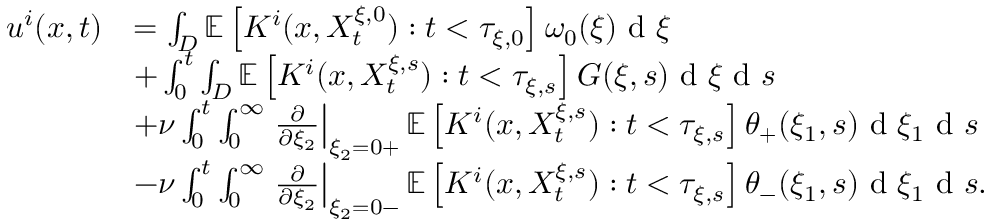
\begin{array} { r l } { u ^ { i } ( x , t ) } & { = \int _ { D } \mathbb { E } \left[ K ^ { i } ( x , X _ { t } ^ { \xi , 0 } ) : t < \tau _ { \xi , 0 } \right] \omega _ { 0 } ( \xi ) \textrm { d } \xi } \\ & { + \int _ { 0 } ^ { t } \int _ { D } \mathbb { E } \left[ K ^ { i } ( x , X _ { t } ^ { \xi , s } ) : t < \tau _ { \xi , s } \right] G ( \xi , s ) \textrm { d } \xi \textrm { d } s } \\ & { + \nu \int _ { 0 } ^ { t } \int _ { 0 } ^ { \infty } \left. \frac { \partial } { \partial \xi _ { 2 } } \right| _ { \xi _ { 2 } = 0 + } \mathbb { E } \left[ K ^ { i } ( x , X _ { t } ^ { \xi , s } ) : t < \tau _ { \xi , s } \right] \theta _ { + } ( \xi _ { 1 } , s ) \textrm { d } \xi _ { 1 } \textrm { d } s } \\ & { - \nu \int _ { 0 } ^ { t } \int _ { 0 } ^ { \infty } \left. \frac { \partial } { \partial \xi _ { 2 } } \right| _ { \xi _ { 2 } = 0 - } \mathbb { E } \left[ K ^ { i } ( x , X _ { t } ^ { \xi , s } ) : t < \tau _ { \xi , s } \right] \theta _ { - } ( \xi _ { 1 } , s ) \textrm { d } \xi _ { 1 } \textrm { d } s . } \end{array}